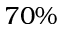
7 0 \%